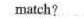
match?